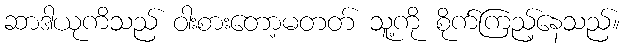
ဆာဒါယုကိသည် ဝါးစားတော့မတတ် သူ့ကို စိုက်ကြည့်နေသည်။